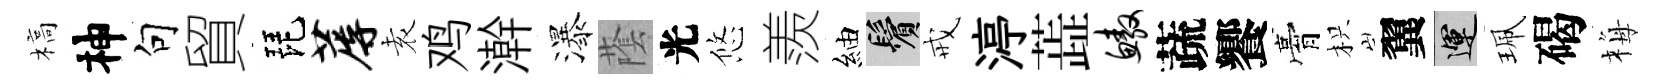
槁神句貿琵蓐𡊮鸡澣瀑䕃光悠羨紬鬢戒渟蕋鳌蔬饗膏枳翼運珮碣梅